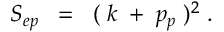
S _ { e p } \; \; = \; \; ( \; k \; + \; p _ { p } \; ) ^ { 2 } \; .